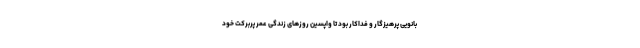
بانویی پرهیزگار و فداکار بود تا واپسین روزهای زندگی عمر پربرکت خود